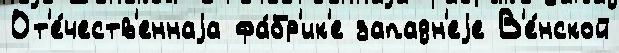
От'е́честв'еннаjа фа́бр'ик'е западн'еjе В'е́нской